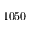
1 0 5 0